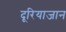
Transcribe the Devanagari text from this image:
दूरियाजान